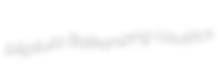
pilipilula Balkanizing caustics